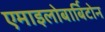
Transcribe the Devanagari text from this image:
एमाइलोबार्बिटोन